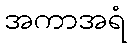
အကာအရံ